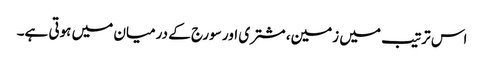
اس ترتیب میں زمین، مشتری اور سورج کے درمیان میں ہوتی ہے۔